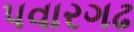
પવારગઢ